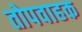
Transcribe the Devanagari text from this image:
तोपवाहक